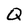
Character: Q